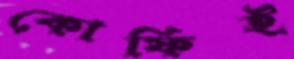
কোফিই